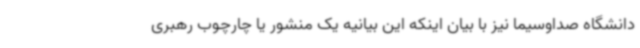
دانشگاه صداوسیما نیز با بیان اینکه این بیانیه یک منشور یا چارچوب رهبری